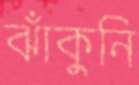
ঝাঁকুনি